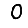
Digit: 0